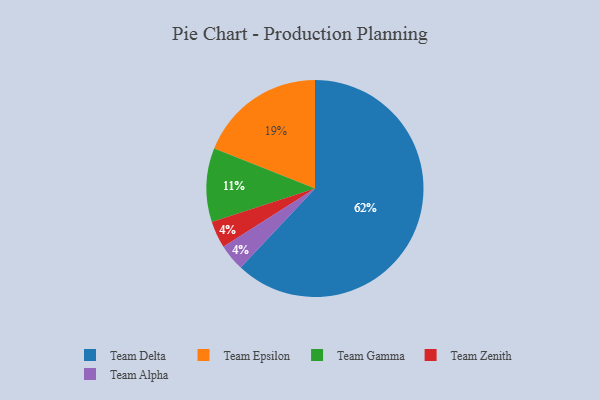
{"axis": {"x": "Category", "y": "Percentage"}, "legend": ["Team Alpha", "Team Delta", "Team Epsilon", "Team Gamma", "Team Zenith"], "data": [{"x": "Team Zenith", "y": 4, "type": "Team Zenith"}, {"x": "Team Gamma", "y": 11, "type": "Team Gamma"}, {"x": "Team Delta", "y": 62, "type": "Team Delta"}, {"x": "Team Alpha", "y": 4, "type": "Team Alpha"}, {"x": "Team Epsilon", "y": 19, "type": "Team Epsilon"}]}